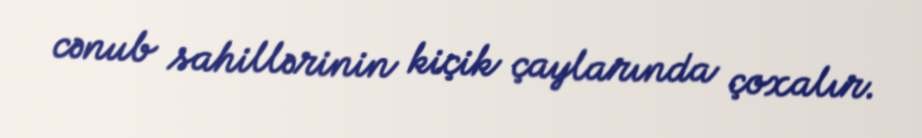
cənub sahillərinin kiçik çaylarında çoxalır.